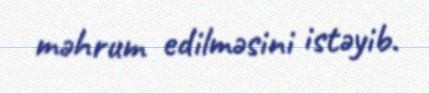
məhrum edilməsini istəyib.